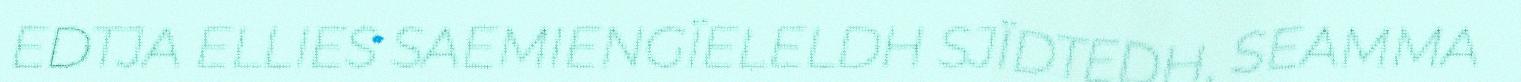
EDTJA ELLIES SAEMIENGÏELELDH SJÏDTEDH, SEAMMA